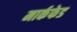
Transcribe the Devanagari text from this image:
मार्कफेड